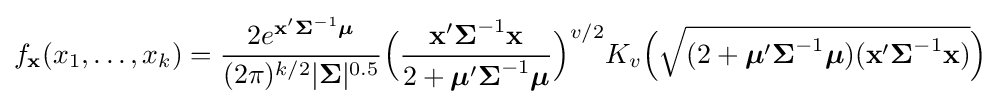
f_{\mathbf {x} }(x_{1},\ldots ,x_{k})={\frac {2e^{\mathbf {x} '{\boldsymbol {\Sigma }}^{-1}{\boldsymbol {\mu }}}}{(2\pi )^{k/2}|{\boldsymbol {\Sigma }}|^{0.5}}}{\Big (}{\frac {\mathbf {x} '{\boldsymbol {\Sigma }}^{-1}\mathbf {x} }{2+{\boldsymbol {\mu }}'{\boldsymbol {\Sigma }}^{-1}{\boldsymbol {\mu }}}}{\Big )}^{v/2}K_{v}{\Big (}{\sqrt {(2+{\boldsymbol {\mu }}'{\boldsymbol {\Sigma }}^{-1}{\boldsymbol {\mu }})(\mathbf {x} '{\boldsymbol {\Sigma }}^{-1}\mathbf {x} )}}{\Big )}